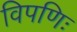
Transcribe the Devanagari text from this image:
विपणिः